Language: tamil
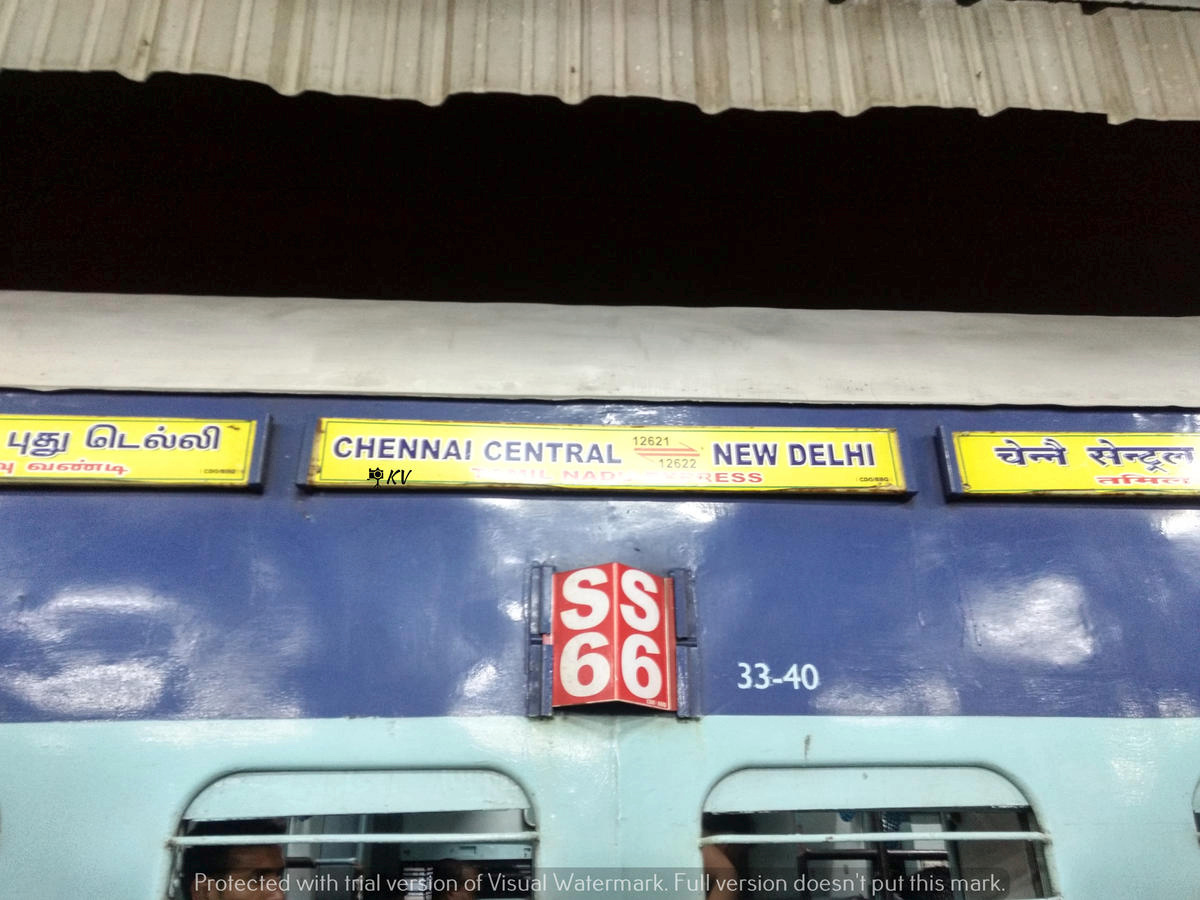
Transcription: புது டெல்லி வண்டி